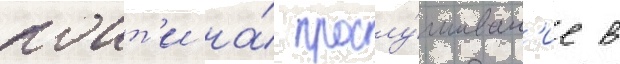
поит'и на́ прослу́шиван'ие в